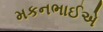
મકનભાઈએ